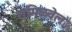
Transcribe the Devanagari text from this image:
तमिळवेल